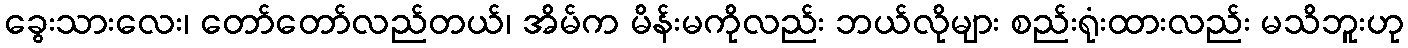
ခွေးသားလေး၊ တော်တော်လည်တယ်၊ အိမ်က မိန်းမကိုလည်း ဘယ်လိုများ စည်းရုံးထားလည်း မသိဘူးဟု